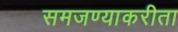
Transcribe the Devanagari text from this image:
समजण्याकरीता